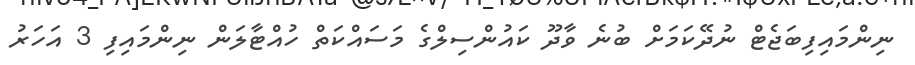
ނިންމައިފިބަޖެޓް ނުދޭކަމަށް ބުނެ ވާދޫ ކައުންސިލްގެ މަސައްކަތް ހުއްޓާލަން ނިންމައިފި 3 އަހަރު